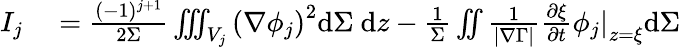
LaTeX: \begin{array}{rl}{I_{j}}&{{}=\frac{(-1)^{j+1}}{2\Sigma}\iiint_{V_{j}}\left(\nabla\phi_{j}\right)^{2}\mathrm{d}\Sigma~\mathrm{d}z-\frac{1}{\Sigma}\iint\frac{1}{|\nabla\Gamma|}\frac{\partial\xi}{\partial t}\left.\phi_{j}\right|_{z=\xi}\mathrm{d}\Sigma}\end{array}